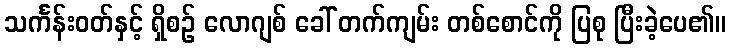
သင်္ကန်းဝတ်နှင့် ရှိစဉ် လောဂျစ် ခေါ် တက်ကျမ်း တစ်စောင်ကို ပြစု ပြီးခဲ့ပေ၏။